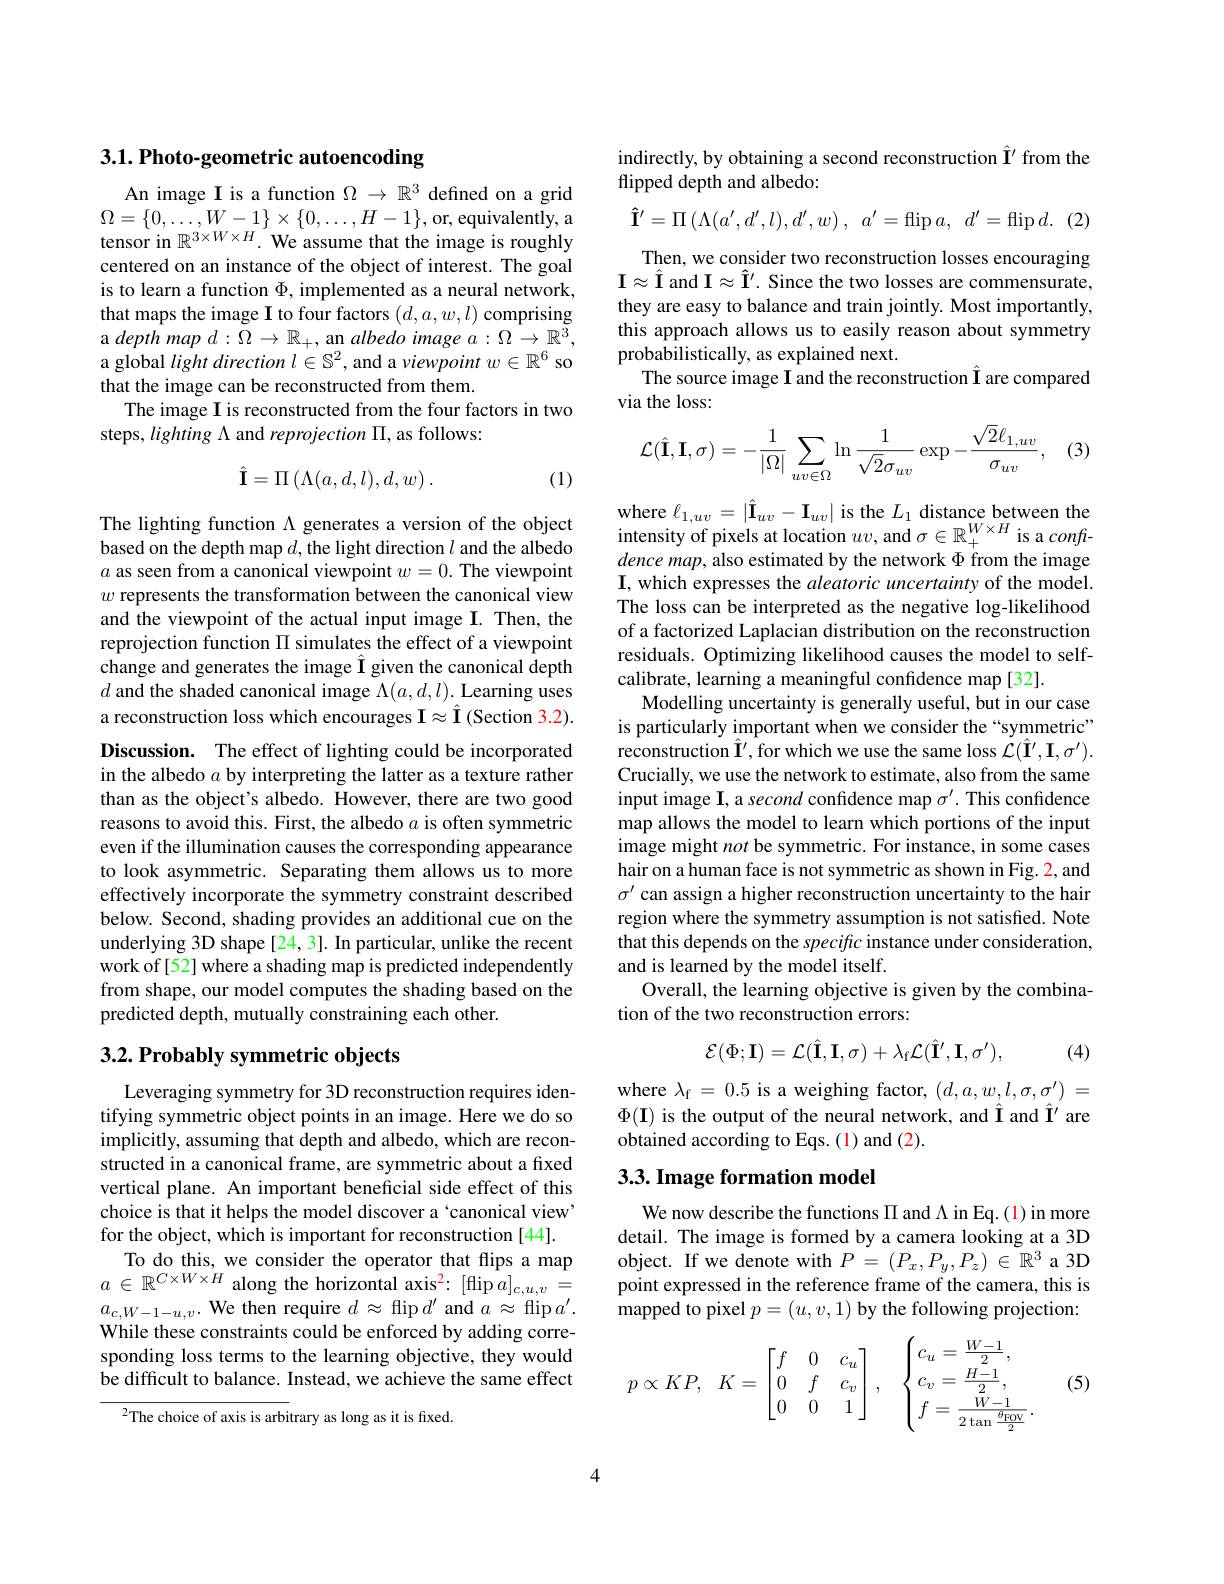
## 3.1. Photo-geometric autoencoding

An image I is a function $\Omega\to\mathbb{R}^3$ defined on a grid $\Omega=\{0,\ldots,W-1\}\times\{0,\ldots,H-1\}$,or, equivalently, a tensor in $\mathbb{R}^{3\times W\times H}.$ We assume that the image is roughly centered on an instance of the object of interest. The goal is to learn a function $\Phi$, implemented as a neural network, that maps the image I to four factors $(d,a,w,l)$ comprising $adepthmapd:\tilde{\Omega}\to\mathbb{R}_+$,an albedo image $a:\Omega\to\mathbb{R}^3$, a global $light\textit{direction }l\in \mathbb{S} ^2$, and a viewpoint $w\in\mathbb{R}^6$ so that the image can be reconstructed from them.
The image I is reconstructed from the four factors in two
steps, lighting Λ and reprojection $\Pi$, as follows:
$$\hat{\mathbf{I}}=\Pi\left(\Lambda(a,d,l),d,w\right).$$
(1)

The lighting function $\Lambda$ generates a version of the object based on the depth map $d$,the light direction $l$ and the albedo $a$ as seen from a canonical viewpoint $w=0.$ The viewpoint $w$ represents the transformation between the canonical view and the viewpoint of the actual input image I. Then, the reprojection function $\Pi$ simulates the effect of a viewpoint change and generates the image Î given the canonical depth $d$ and the shaded canonical image $\Lambda(a,d,l).$ Learning uses a reconstruction loss which encourages $\mathbf{I} \approx \hat{\mathbf{I} } ($Section 3. 2). Discussion. The effect of lighting could be incorporated in the albedo $a$ by interpreting the latter as a texture rather than as the object's albedo. However, there are two good reasons to avoid this. First, the albedo $a$ is often symmetric even if the illumination causes the corresponding appearance to look asymmetric. Separating them allows us to more effectively incorporate the symmetry constraint described below. Second, shading provides an additional cue on the underlying 3D shape [24,3]. In particular, unlike the recent work of[52] where a shading map is predicted independently from shape, our model computes the shading based on the predicted depth, mutually constraining each other.

## $3. 2. \textbf{Probably symmetric objects}$

Leveraging symmetry for 3D reconstruction requires identifying symmetric object points in an image. Here we do so implicitly, assuming that depth and albedo, which are reconstructed in a canonical frame, are symmetric about a fixed vertical plane. An important beneficial side effect of this choice is that it helps the model discover a 'canonical view' for the object, which is important for reconstruction [44].
To do this, we consider the operator that flips a map $a\in\mathbb{R}^{C\times W\times H}$ along the horizontal axis$^2:[\operatorname*{lip}\hat{a}]_{c,u,v}=$ $a_{c,W-1-u,v}.$ We then require $d\approx$ flip $d^\prime$ and $a\approx$ flip $a^\prime.$ While these constraints could be enforced by adding corresponding loss terms to the learning objective, they would be difficult to balance. Instead, we achieve the same effect

$^{2}$The choice of axis is arbitrary as long as it is fixed.

indirectly, by obtaining a second reconstruction Î' from the
flipped depth and albedo:

$(2^{\cdot}$
$$\mathbf{\hat{I}}^{\prime}=\Pi\left(\Lambda(a',d',l),d',w\right),\:a'=\operatorname{flip}a,\:d'=\operatorname{flip}d.$$
Then, we consider two reconstruction losses encouraging $\mathbf{I}\approx\hat{\mathbf{I}}$ and $\mathbf{I}\approx\hat{\mathbf{I}}^\prime.$ Since the two losses are commensurate, they are easy to balance and train jointly. Most importantly, this approach allows us to easily reason about symmetry probabilistically, as explained next.
The source image I and the reconstruction Î are compared
via the loss:

(3)
$$\mathcal{L}(\hat{\mathbf{I}},\mathbf{I},\sigma)=-\frac{1}{|\Omega|}\sum_{uv\in\Omega}\ln\frac{1}{\sqrt{2}\sigma_{uv}}\exp-\frac{\sqrt{2}\ell_{1,uv}}{\sigma_{uv}},$$
where $\ell_{1,uv}=\left|\hat{\mathbf{I}}_{uv}-\mathbf{I}_{uv}\right|$ is the $L_1$ distance between the intensity of pixels at location $uv$, and $\sigma\in\mathbb{R}_+^{W\times H}$ is a confdence map, also estimated by the network $\Phi$ from the image I, which expresses the aleatoric uncertainty of the model. The loss can be interpreted as the negative log-likelihood of a factorized Laplacian distribution on the reconstruction residuals. Optimizing likelihood causes the model to selfcalibrate, learning a meaningful confidence map [32].
Modelling uncertainty is generally useful, but in our case is particularly important when we consider the“symmetric” reconstruction $\hat{\mathbf{I}}^{\prime}$,for which we use the same loss $\dot{\mathcal{L}}(\hat{\mathbf{I}}^{\prime},\mathbf{I},\sigma^{\prime}).$ Crucially, we use the network to estimate, also from the same input image I, a second confidence map $\sigma^\prime.$ This confidence map allows the model to learn which portions of the input image might not be symmetric. For instance, in some cases hair on a human face is not symmetric as shown in Fig. 2, and $\sigma^{\prime}$ can assign a higher reconstruction uncertainty to the hair region where the symmetry assumption is not satisfied. Note that this depends on the speciffc instance under consideration, and is learned by the model itself.
Overall, the learning objective is given by the combina-
tion of the two reconstruction errors:
$$\mathcal{E}(\Phi;\mathbf{I})=\mathcal{L}(\hat{\mathbf{I}},\mathbf{I},\sigma)+\lambda_{\mathrm{f}}\mathcal{L}(\hat{\mathbf{I}}',\mathbf{I},\sigma'),$$
(4)

where $\lambda_\mathrm{f}=0.5$ is a weighing factor, $(d,a,w,l,\sigma,\sigma^{\prime})=$ $\Phi(\mathbf{I})$ is the output of the neural network, and Î and Î' are obtained according to Eqs. (1) and (2).

## 3.3. Image formation model

We now describe the functions $\Pi$ and A in Eq.(1) in more detail. The image is formed by a camera looking at a 3D object. If we denote with $P=(P_x,P_y,P_z)\in\mathbb{R}^3$ a 3D point expressed in the reference frame of the camera, this is mapped to pixel $p=(u,v,1)$ by the following projection:

(5)
$$p\propto KP,\quad K=\begin{bmatrix}f&0&c_u\\0&f&c_v\\0&0&1\end{bmatrix},\quad\begin{cases}c_u=\frac{W-1}{2},\\c_v=\frac{H-1}{2},\\f=\frac{W-1}{2\tan\frac{\theta_{\text{FOV}}}{2}}.\end{cases}$$
4